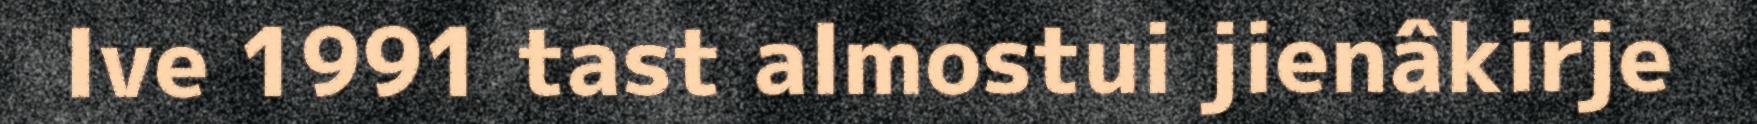
Ive 1991 tast almostui jienâkirje